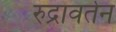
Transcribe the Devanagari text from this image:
रुद्रावर्तन